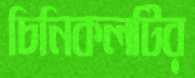
চিনিকলটির